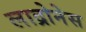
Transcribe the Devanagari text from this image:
लाद्रोनेस